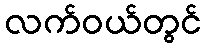
လက်ဝယ်တွင်